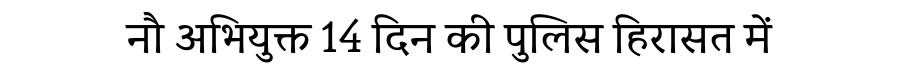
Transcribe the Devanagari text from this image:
नौ अभियुक्त 14 दिन की पुलिस हिरासत में